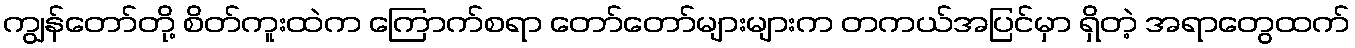
ကျွန်တော်တို့ စိတ်ကူးထဲက ကြောက်စရာ တော်တော်များများက တကယ်အပြင်မှာ ရှိတဲ့ အရာတွေထက်